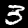
Label: 3